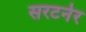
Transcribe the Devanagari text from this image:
सरटर्नर